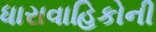
ધારાવાહિકોની